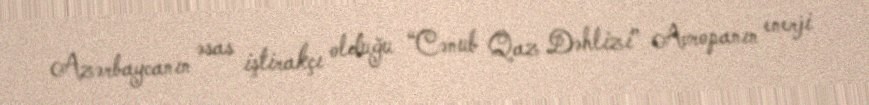
Azərbaycanın əsas iştirakçı olduğu “Cənub Qaz Dəhlizi” Avropanın enerji